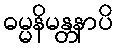
ဓမ္မနိမန္တနာပိ